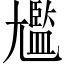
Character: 尶